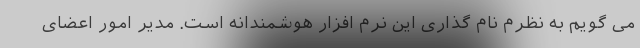
می گویم به نظرم نام گذاری این نرم افزار هوشمندانه است. مدیر امور اعضای